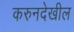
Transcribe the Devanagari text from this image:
करुनदेखील